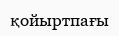
қойыртпағы